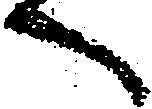
へ